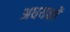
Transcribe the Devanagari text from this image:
अधयक्षों